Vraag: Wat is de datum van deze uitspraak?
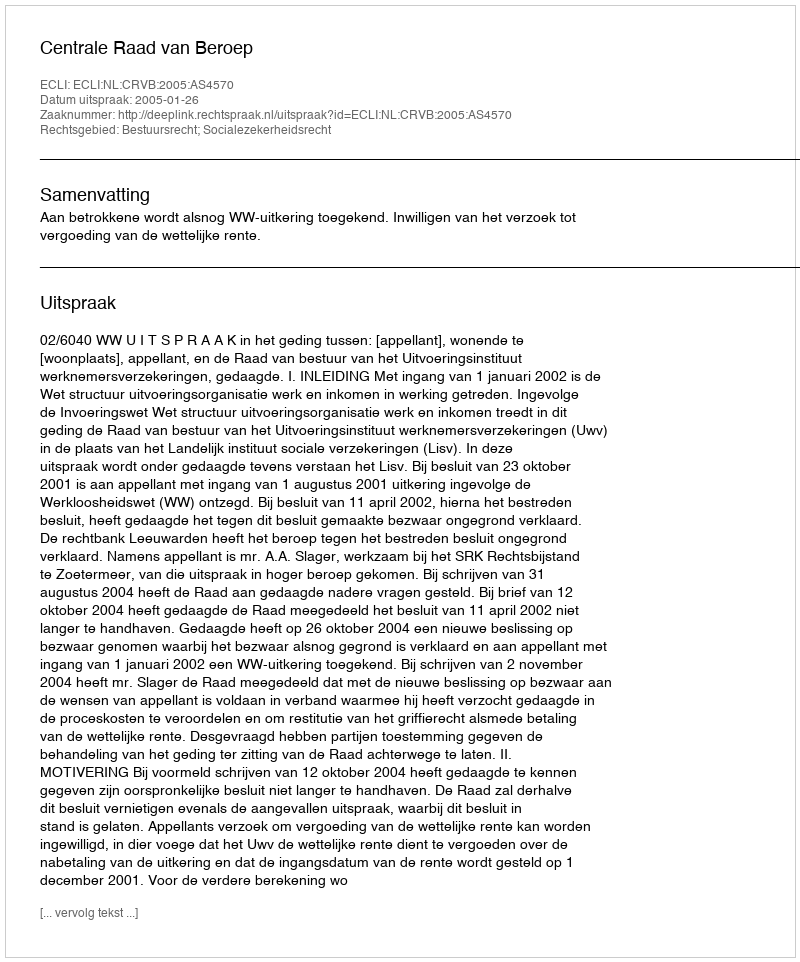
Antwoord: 2005-01-26